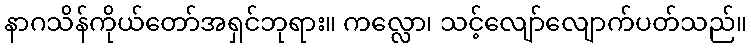
နာဂသိန်ကိုယ်တော်အရှင်ဘုရား။ ကလ္လော၊ သင့်လျော်လျောက်ပတ်သည်။